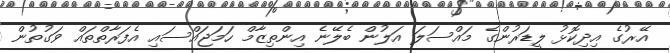
އޭރުގެ އިދިކޮޅު ލީޑަރުންގެ މައްސަލަ އަލުން ބެލޭނެ އިންތިޒާމް ހަމަޖައްސައި އެފަރާތްތައް ވަގުތުން